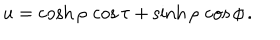
u = \cosh \rho \, \cos \tau + \sinh \rho \, \cos \phi \, .